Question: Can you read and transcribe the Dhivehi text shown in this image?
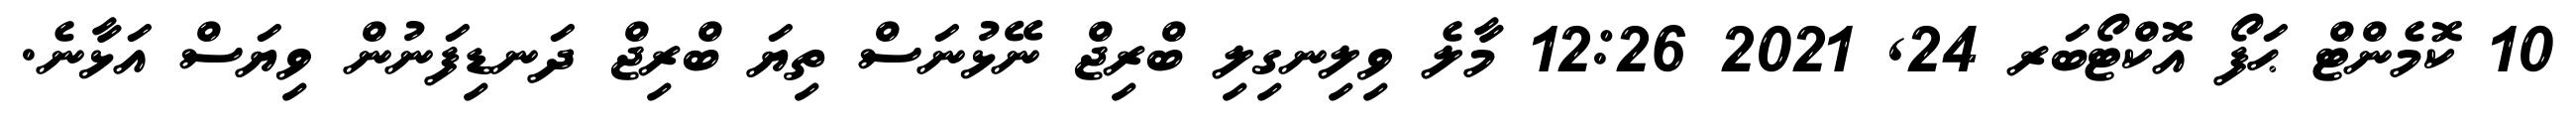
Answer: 10 ކޮމެންޓް ޙަފޯ އޮކްޓޯބަރ 24, 2021 12:26 މާލެ ވިލިނގިލި ބްރިޖް ނޭޅުނަސް ތިޔަ ބްރިޖް ދަނޑިފަނުން ވިޔަސް އަޅާނެ.